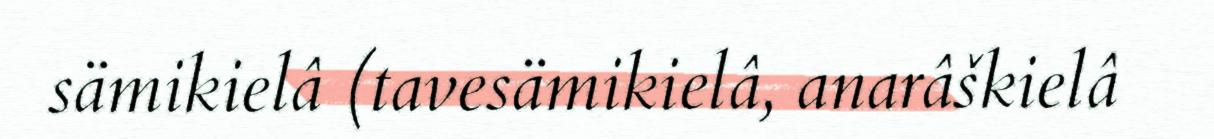
sämikielâ (tavesämikielâ, anarâškielâ